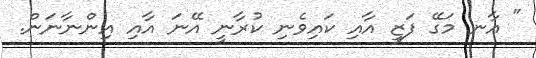
" އާނ މަގޭ ފަޒީ އާއި ކައިވެނި ކުރާނީ އޭނަ އާއި އިންނާނަން.